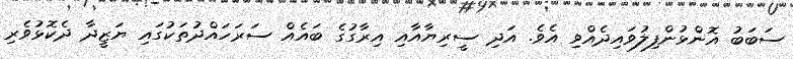
ސަބަބު އޮންޅުންފިލުވައިދެއްވި އެވެ. އަދި ސީރިޔާއާއި އިރާގުގެ ބައެއް ސަރަހައްދުތަކުގައި ޔަޒީދާ ދެކޮޅުވެރި